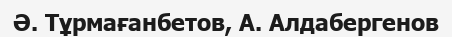
Ә. Тұрмағанбетов, А. Алдабергенов